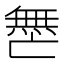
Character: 𫡟